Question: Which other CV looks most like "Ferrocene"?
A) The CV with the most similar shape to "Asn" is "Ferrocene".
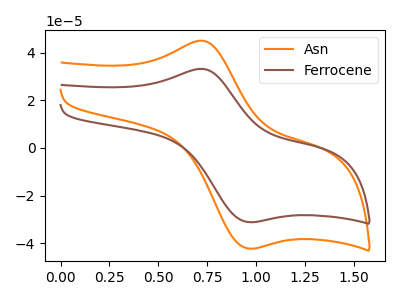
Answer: <think>The orange curve "Asn" has an anodic peak at (0.70V, 45.05uA) and a cathodic peak at (0.95V, -42.25uA). The brown curve "Ferrocene" has an anodic peak at (0.70V, 33.20uA) and a cathodic peak at (0.95V, -31.15uA).
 All the peaks in "Asn" have a peak in "Ferrocene" at the same potential. Every peak in "Asn" is higher than every peak in "Ferrocene".</think>
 <answer>A) The CV with the most similar shape to "Asn" is "Ferrocene".</answer>
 <eval>A</eval>